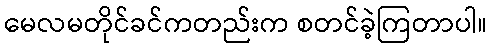
မေလမတိုင်ခင်ကတည်းက စတင်ခဲ့ကြတာပါ။